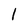
Character: 1